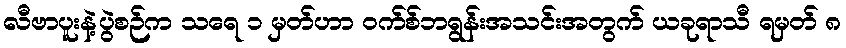
လီဗာပူးနဲ့ပွဲစဉ်က သရေ ၁ မှတ်ဟာ ဝက်စ်ဘရွန်းအသင်းအတွက် ယခုရာသီ ရမှတ် ၈